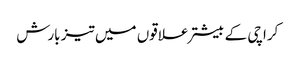
کراچی کے بیشتر علاقوں میں تیز بارش